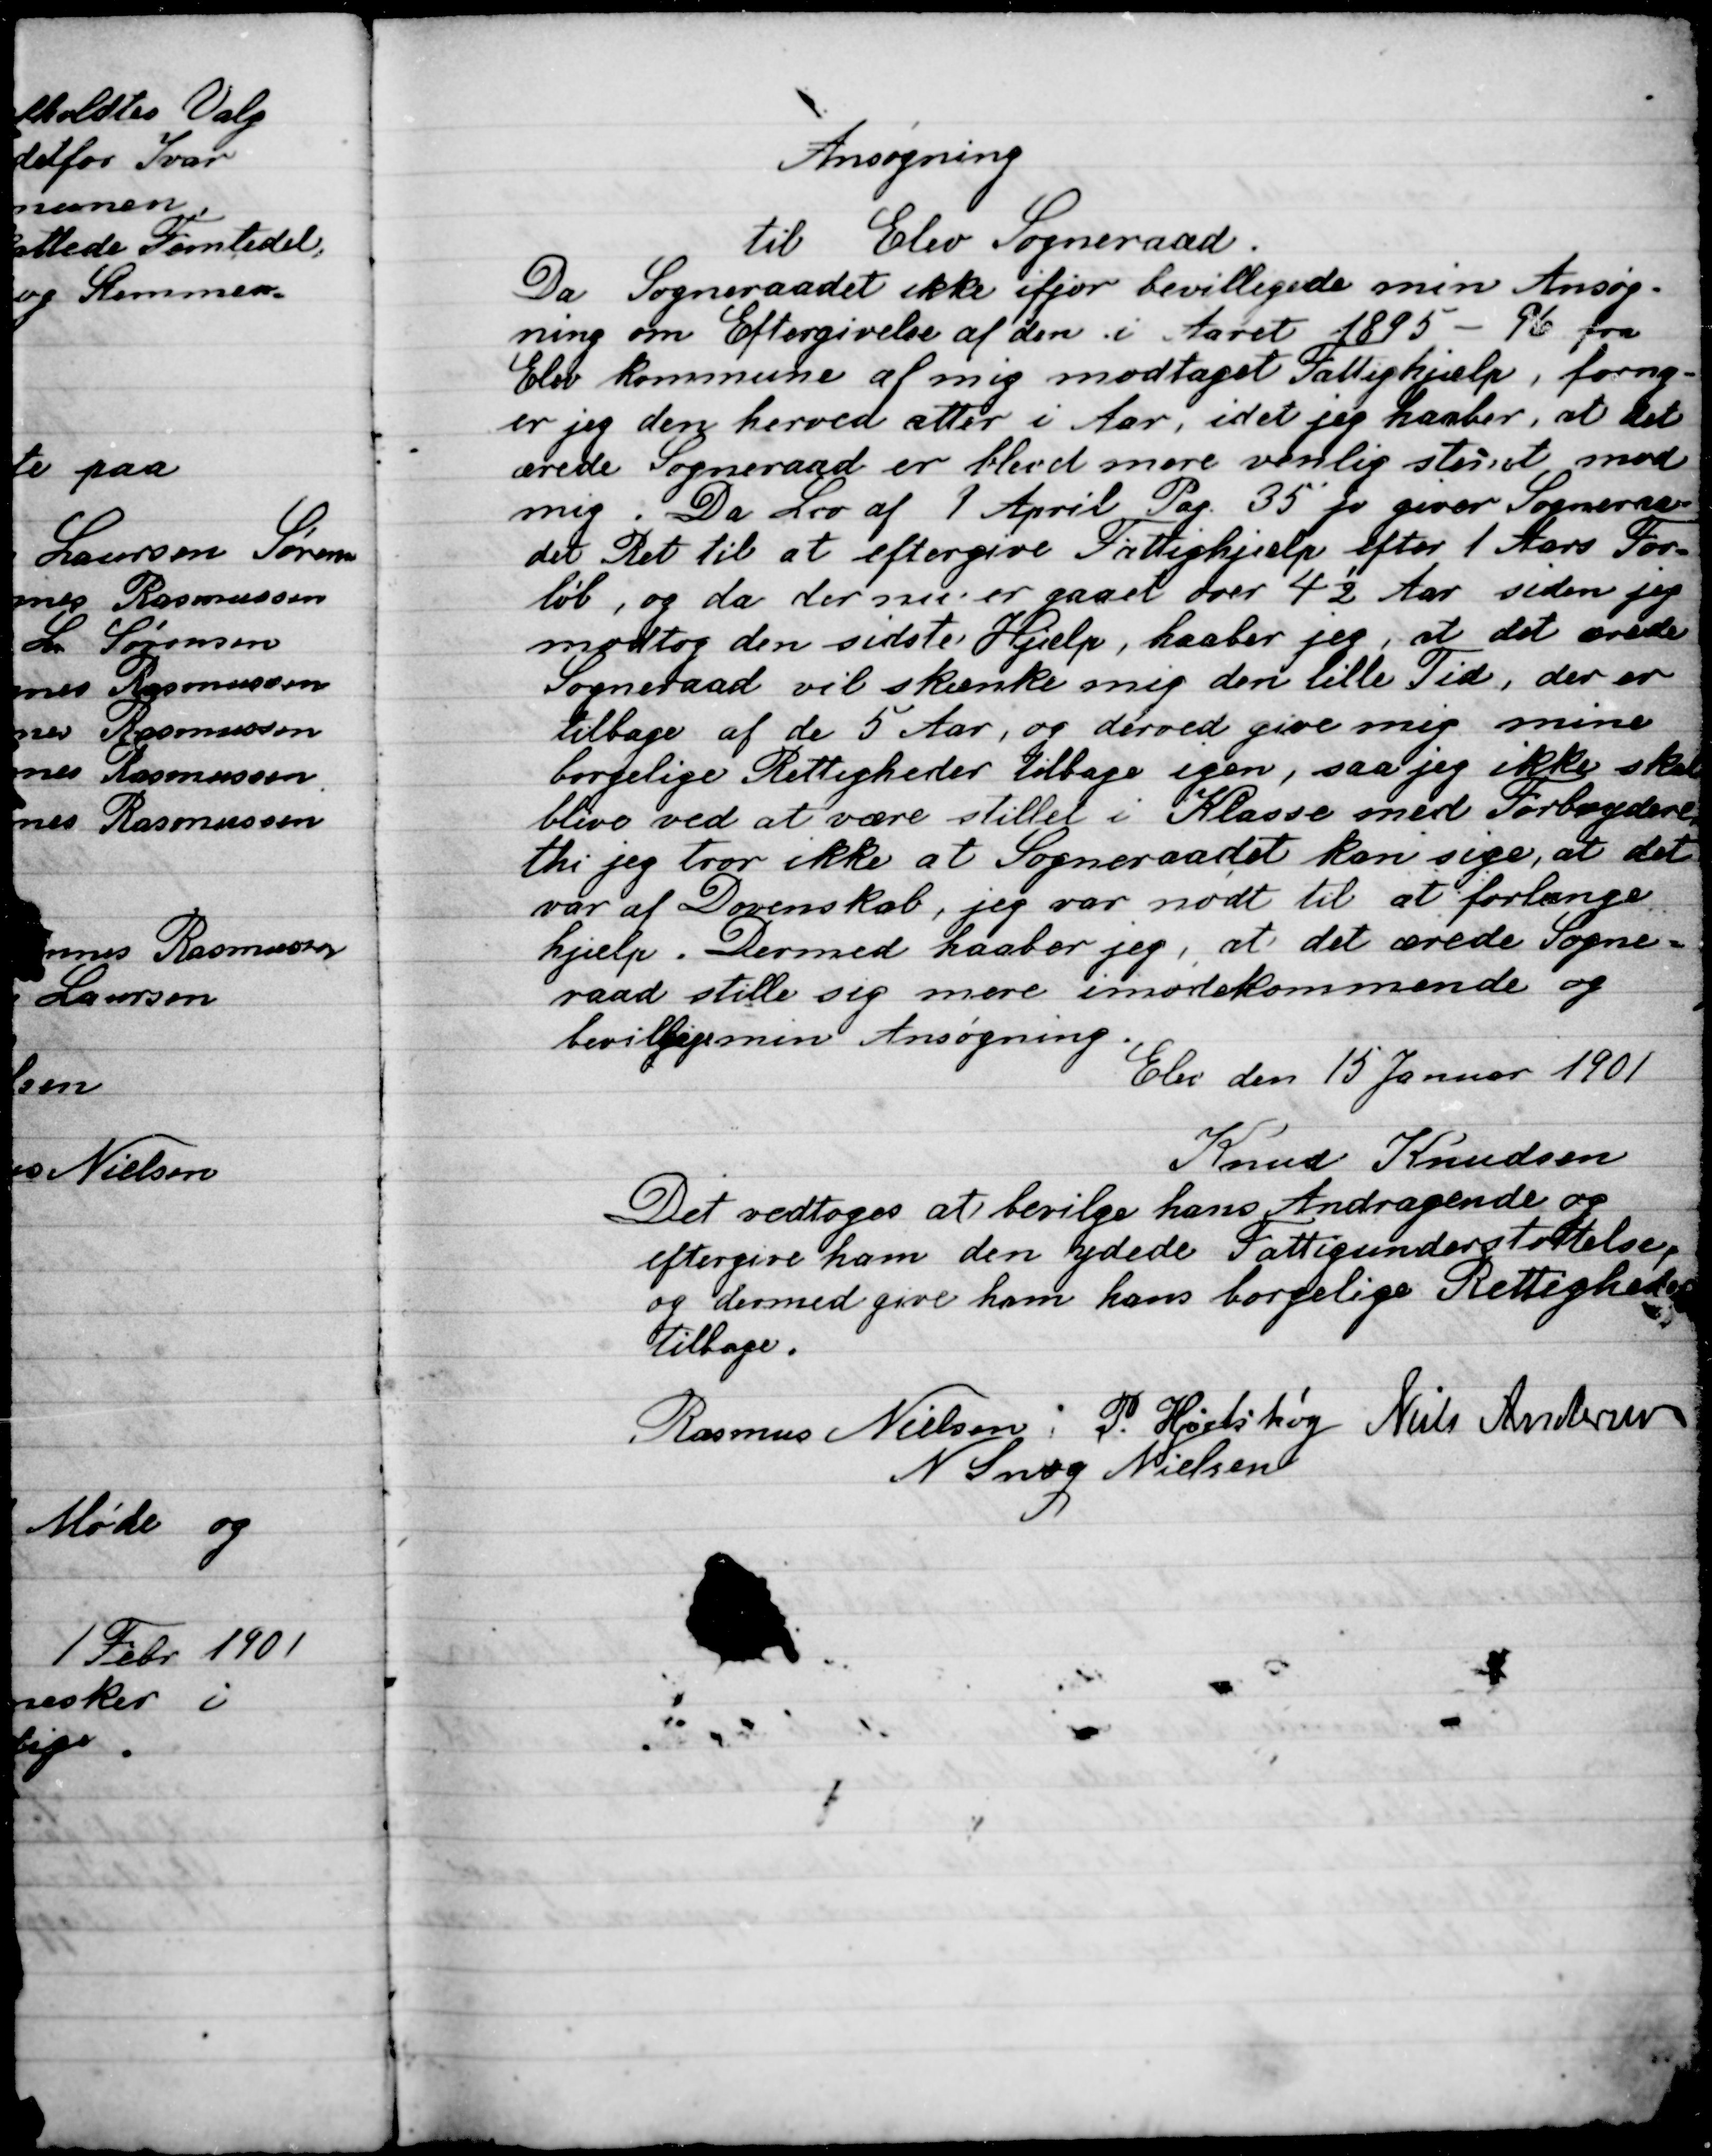
Transskription:
Ansøgning
til Elev Sogneraad.
Da Sogneraadet ikke ifjor bevilgede min Ansøg-
ning om Eftergivelse af den i Aaret 1895 – 96 fra
Elev Kommune af mig modtaget fattighjælp, forny-
er jeg den herved atter i Aar, idet jeg haaber, at det
ærede Sogneraad er blevet mere villig stllet med
mig. Da lov af 1 April Pag. 35 p giver Sogneraa-
det Ret til at eftergive Fattighjælp efter 1 Aars for-
løb, og da der nu er gaaet over 4½ Aar siden jeg
modtog den sidste Hjælp, haaber jeg, at det ærede
Sogneraad vil skænke mig den lille Tid, der er
tilbage af de 5 Aar, og derved give mig mine
borgelige rettigheder tilbage igen, saa jeg ikke skal
blive ved at være stillet i Klasse med Forsørgelse
thi jeg tror ikkke at Sogneraadet kan sige, at det
var af dovenskab, jeg var nødt til at forlænge
hjælp. Dermed haaber jeg, at det ærede Sogne-
raad stille sig mere imødekommende og
bevilliger min Ansøgning.
Elev den 15 Januar 1901
Knud Knudsen

Det vedtoges at bevilge hans andragende og
eftergive ham den ydede Fattigunderstøttelse
og dermed give ham hans borgelige rettigheder
Tilbage

Rasmus Nielsen
P. Hjortshøj
Niels Andersen
N. Snog Nielsen